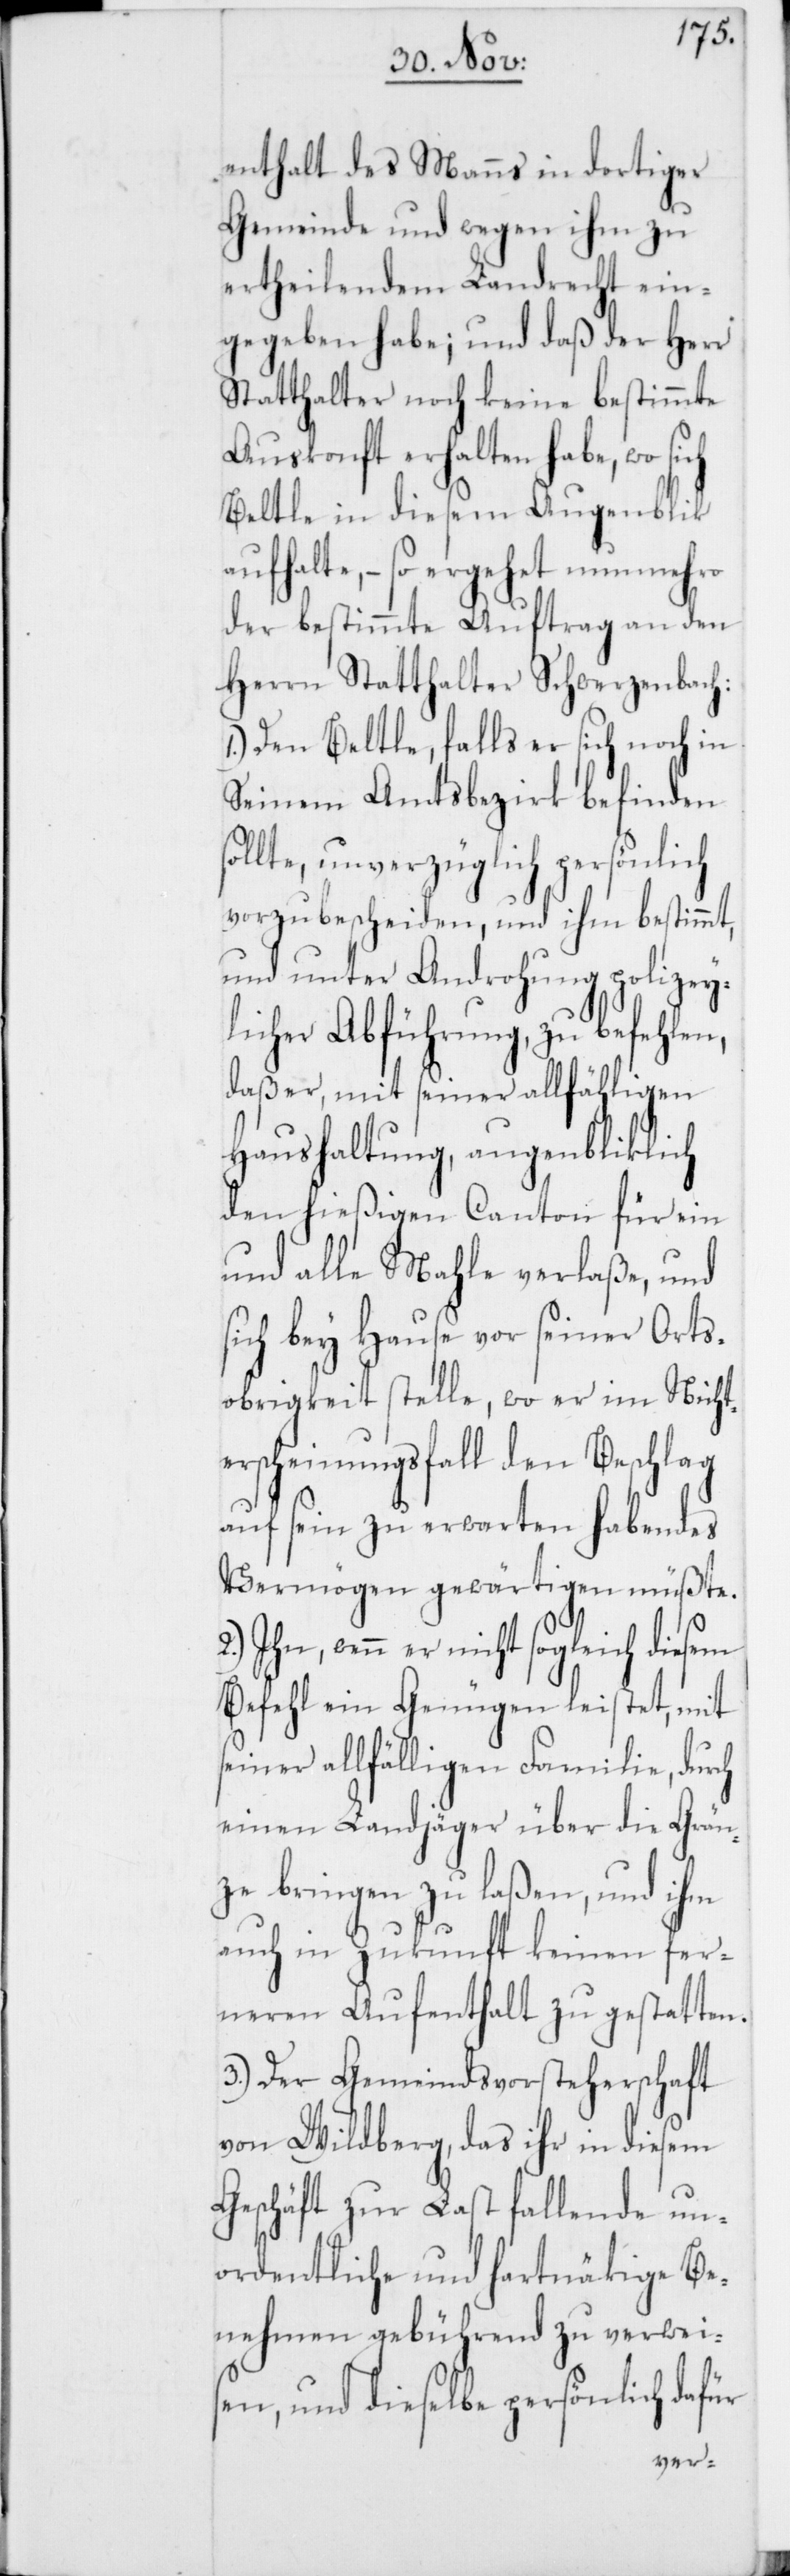
ch
enthalt des Manns in dortiger
Gemeinde und wegen ihm zu
ertheilendem Landrecht ein¬
gegeben habe; und daß der Herr
Statthalter noch keine bestimmte
Auskonft erhalten habe, wo
Beltle in diesem Augenblik
aufhalte, – so ergehet nunmehro
der bestimmte Auftrag an den
Herrn Statthalter Schwerzenbach:
1.) Den Beltle, falls er sich noch in
Seinem Amtsbezirk befinden
sollte, unverzüglich persönlich
vorzubescheiden, und ihm bestimmt,
und unter Androhung polizey¬
licher Abführung, zu befehlen,
daß er, mit seiner allfähligen
Haushaltung, augenbliklich
den hießigen Canton für ein
und alle Mahle verlaße, und
sich bey Hause vor seiner Orts¬
obrigkeit stelle, wo er im Nicht¬
erscheinungsfall den Beschlag
auf sein zu erwarten habendes
Vermögen gewärtigen müßte.
wenn er nicht sogleich diesem
Befehl ein Genügen leistet, mit
seiner allfälligen Familie, dur¬
einen Landjäger über die Grän¬
ze bringen zu laßen, und ihm
auch in Zukunft keinen fer¬
neren Aufenthalt zu gestatten.
3.) Der Gemeindsvorsteherschaft
von Wildberg, das ihr in diesem
Geschäft zur Last fallende un¬
ordentliche und hartnäkige Be¬
nehmen gebührend zu verwei¬
sen, und dieselbe persönlich dafür